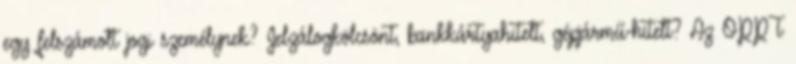
egy felszámolt jogi személynek? Jelzálogkölcsönt, bankkártyahitelt, gépjármű-hitelt? Az OPPT